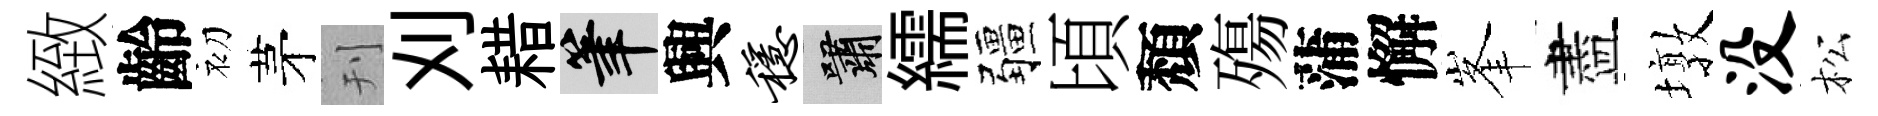
緻齡初茅刊刈耤筆興稳嘯繻疆頃頽殤蒲懈峯盡墩没松